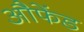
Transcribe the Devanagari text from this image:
औफेंड